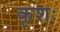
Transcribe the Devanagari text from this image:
कृशः